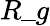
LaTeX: R\_ g